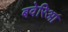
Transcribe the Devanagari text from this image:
बवेरिआ